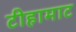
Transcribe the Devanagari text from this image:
टीहामाट